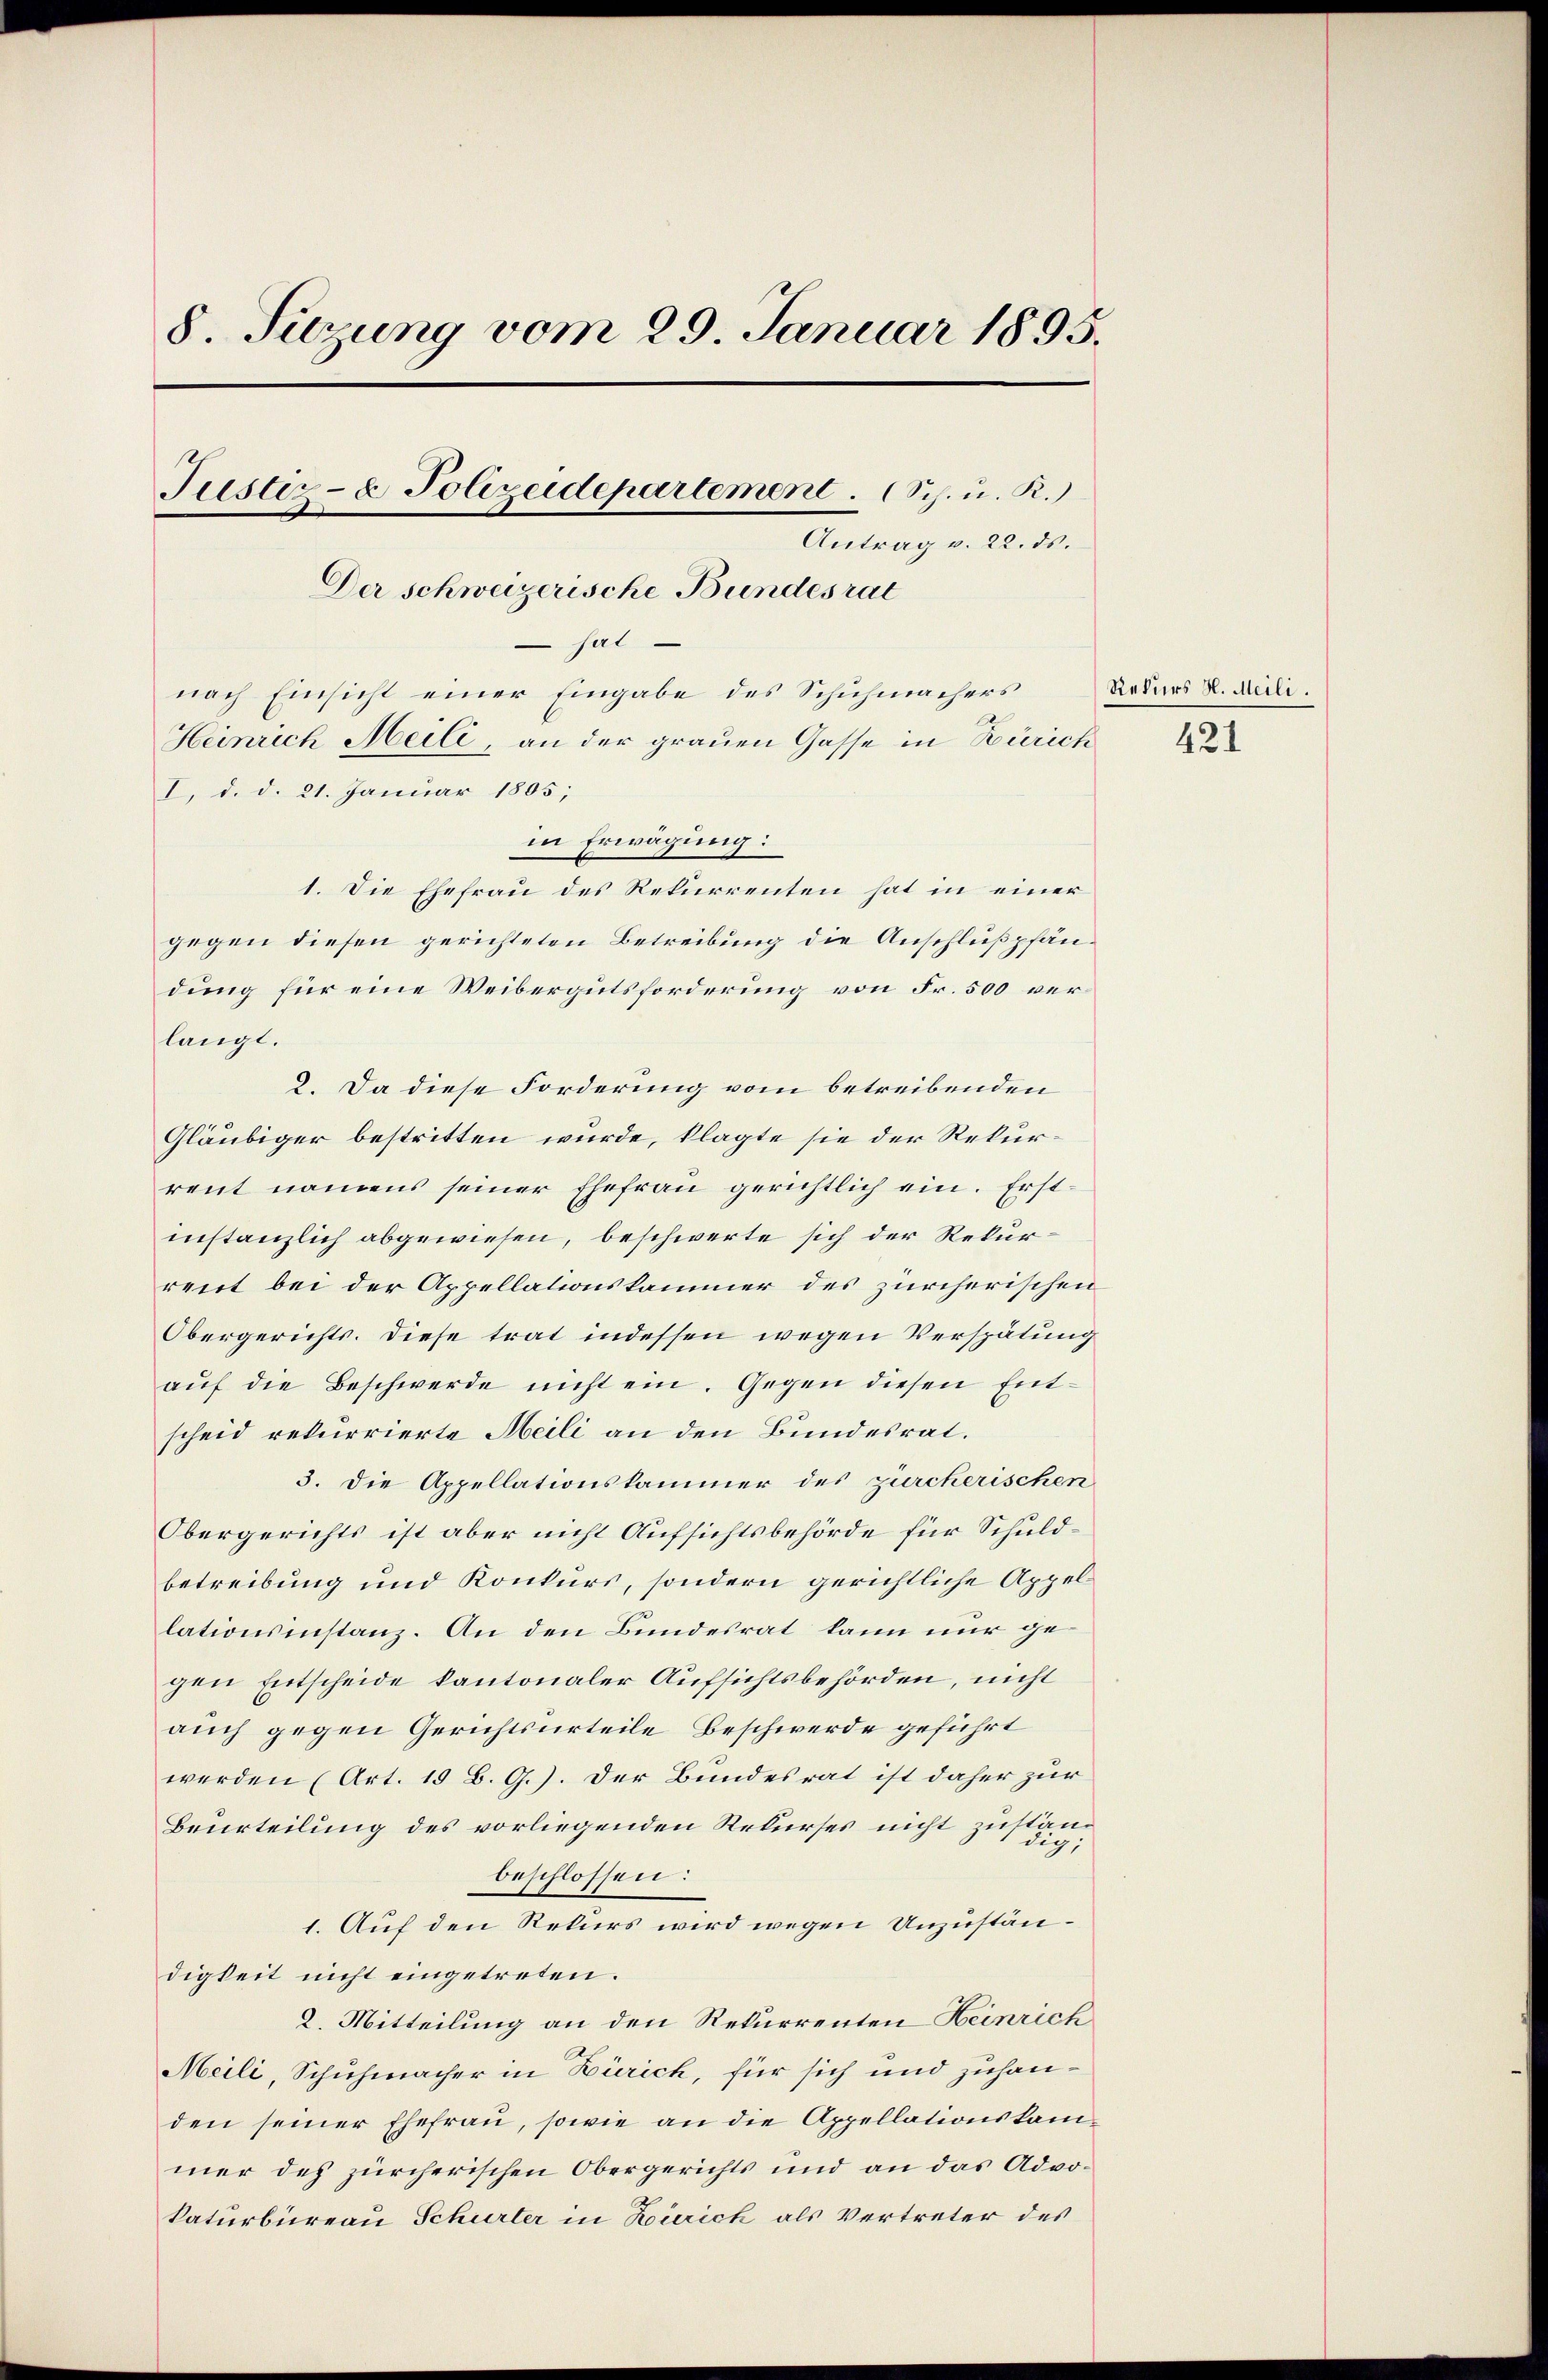
8. Sitzung vom 29. Januar 1895.
Justiz- & Polizeidepartement. (Sch. u. R.)
Antrag v. 22. ds.
Der schweizerische Bundesrat
hat
nach Einsicht einer Eingabe des Schuhmachers
Heinrich Meili, an der grauen Gasse in Zürich
I. d. d. 21. Januar 1805;

1. Die Ehefrau des Rekurrenten hat in einer
gegen diesen gerichteten Betreibung die Anschlußpfändung für eine Weibergutsforderung von Fr. 500 verlangt.
2. Da diese Forderung vom betreibenden
Gläubiger bestritten wurde, klagte sie der Rekurrent namens seiner Ehefrau gerichtlich ein. Erstinstanzlich abgewiesen, beschwerte sich der Rekurreit bei der Appellationskammer des zürcherischen
Obergerichts. Diese trat indessen wegen Verspätung
aŭf die Beschwerde nicht ein. Gegen diesen Entscheid rekurrierte Meili an den Bundesrat.
3. Die Appellationskammer des zürcherischen
Obergerichts ist aber nicht Aufsichtsbehörde für Schuldbetreibung und Konkurs, sondern gerichtliche Appellationsinstanz. An den Bundesrat kann nur gegen Entscheide kantonaler Aufsichtsbehörden, nicht
auch gegen Gerichtsurteile Beschwerde geführt
werden (Art. 19 B. G.). Der Bundesrat ist daher zur
Beurteilung des vorliegenden Rekurses nicht zustan
beschlossen:
1. Auf den Rekurs wird wegen Unzuständigkeit nicht eingetreten.
2. Mitteilung an den Rekurrenten Heinrich
Meili, Schuhmacher in Zürich, für sich und zuhanden seiner Ehefrau, sowie an die Appellationskammer des zürcherischen Obergerichts und an das Advokaturbureau Schurter in Zürich als Vertreter des

in Erwägung:

Rekurs H. Meili.
421